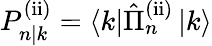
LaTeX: P_{n|k}^{\mathrm{(ii)}}=\left\langle k\right|\hat{\Pi}_{n}^{\mathrm{(ii)}}\left|k\right\rangle